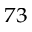
^ { 7 3 }